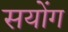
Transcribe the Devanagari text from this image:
सयोंग